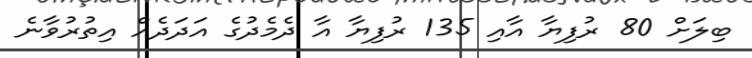
ބިލަށް 80 ރުފިޔާ އާއި 135 ރުފިޔާ އާ ދެމެދުގެ އަދަދެއް އިތުރުވާނެ